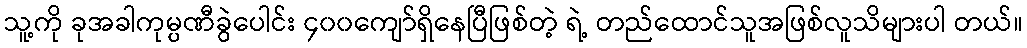
သူ့ကို ခုအခါကုမ္ပဏီခွဲပေါင်း ၄၀၀ကျော်ရှိနေပြီဖြစ်တဲ့ ရဲ့ တည်ထောင်သူအဖြစ်လူသိများပါ တယ်။